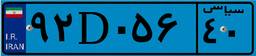
۰۴D۵۶۹۰۵